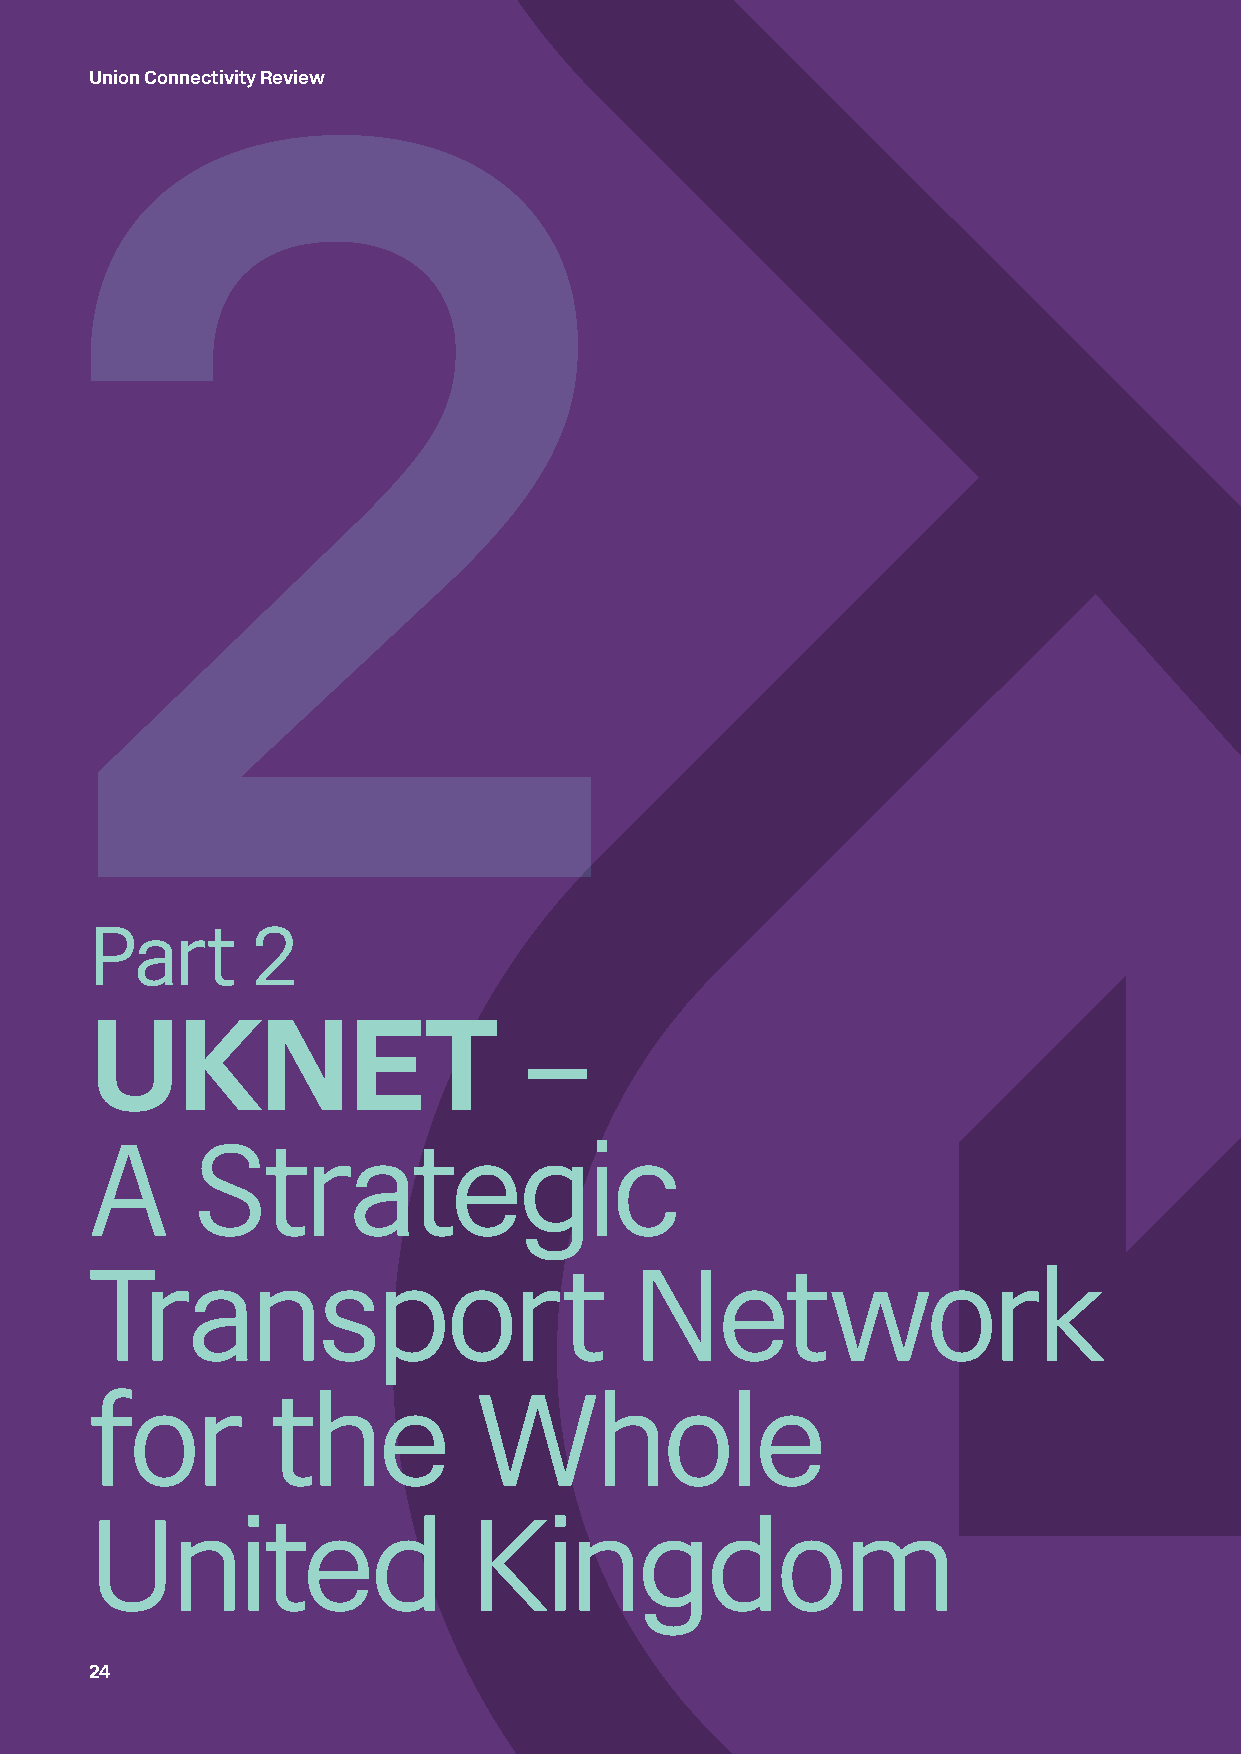
Union Connectivity Review
 2
 Part       2
 –
 UKNET
 A      Strategic
 Transport                           Network
 for         the          Whole
 United                   Kingdom
 24